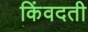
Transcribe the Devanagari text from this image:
किंवदती